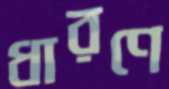
ধারণে